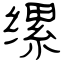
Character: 缧